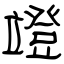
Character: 竳